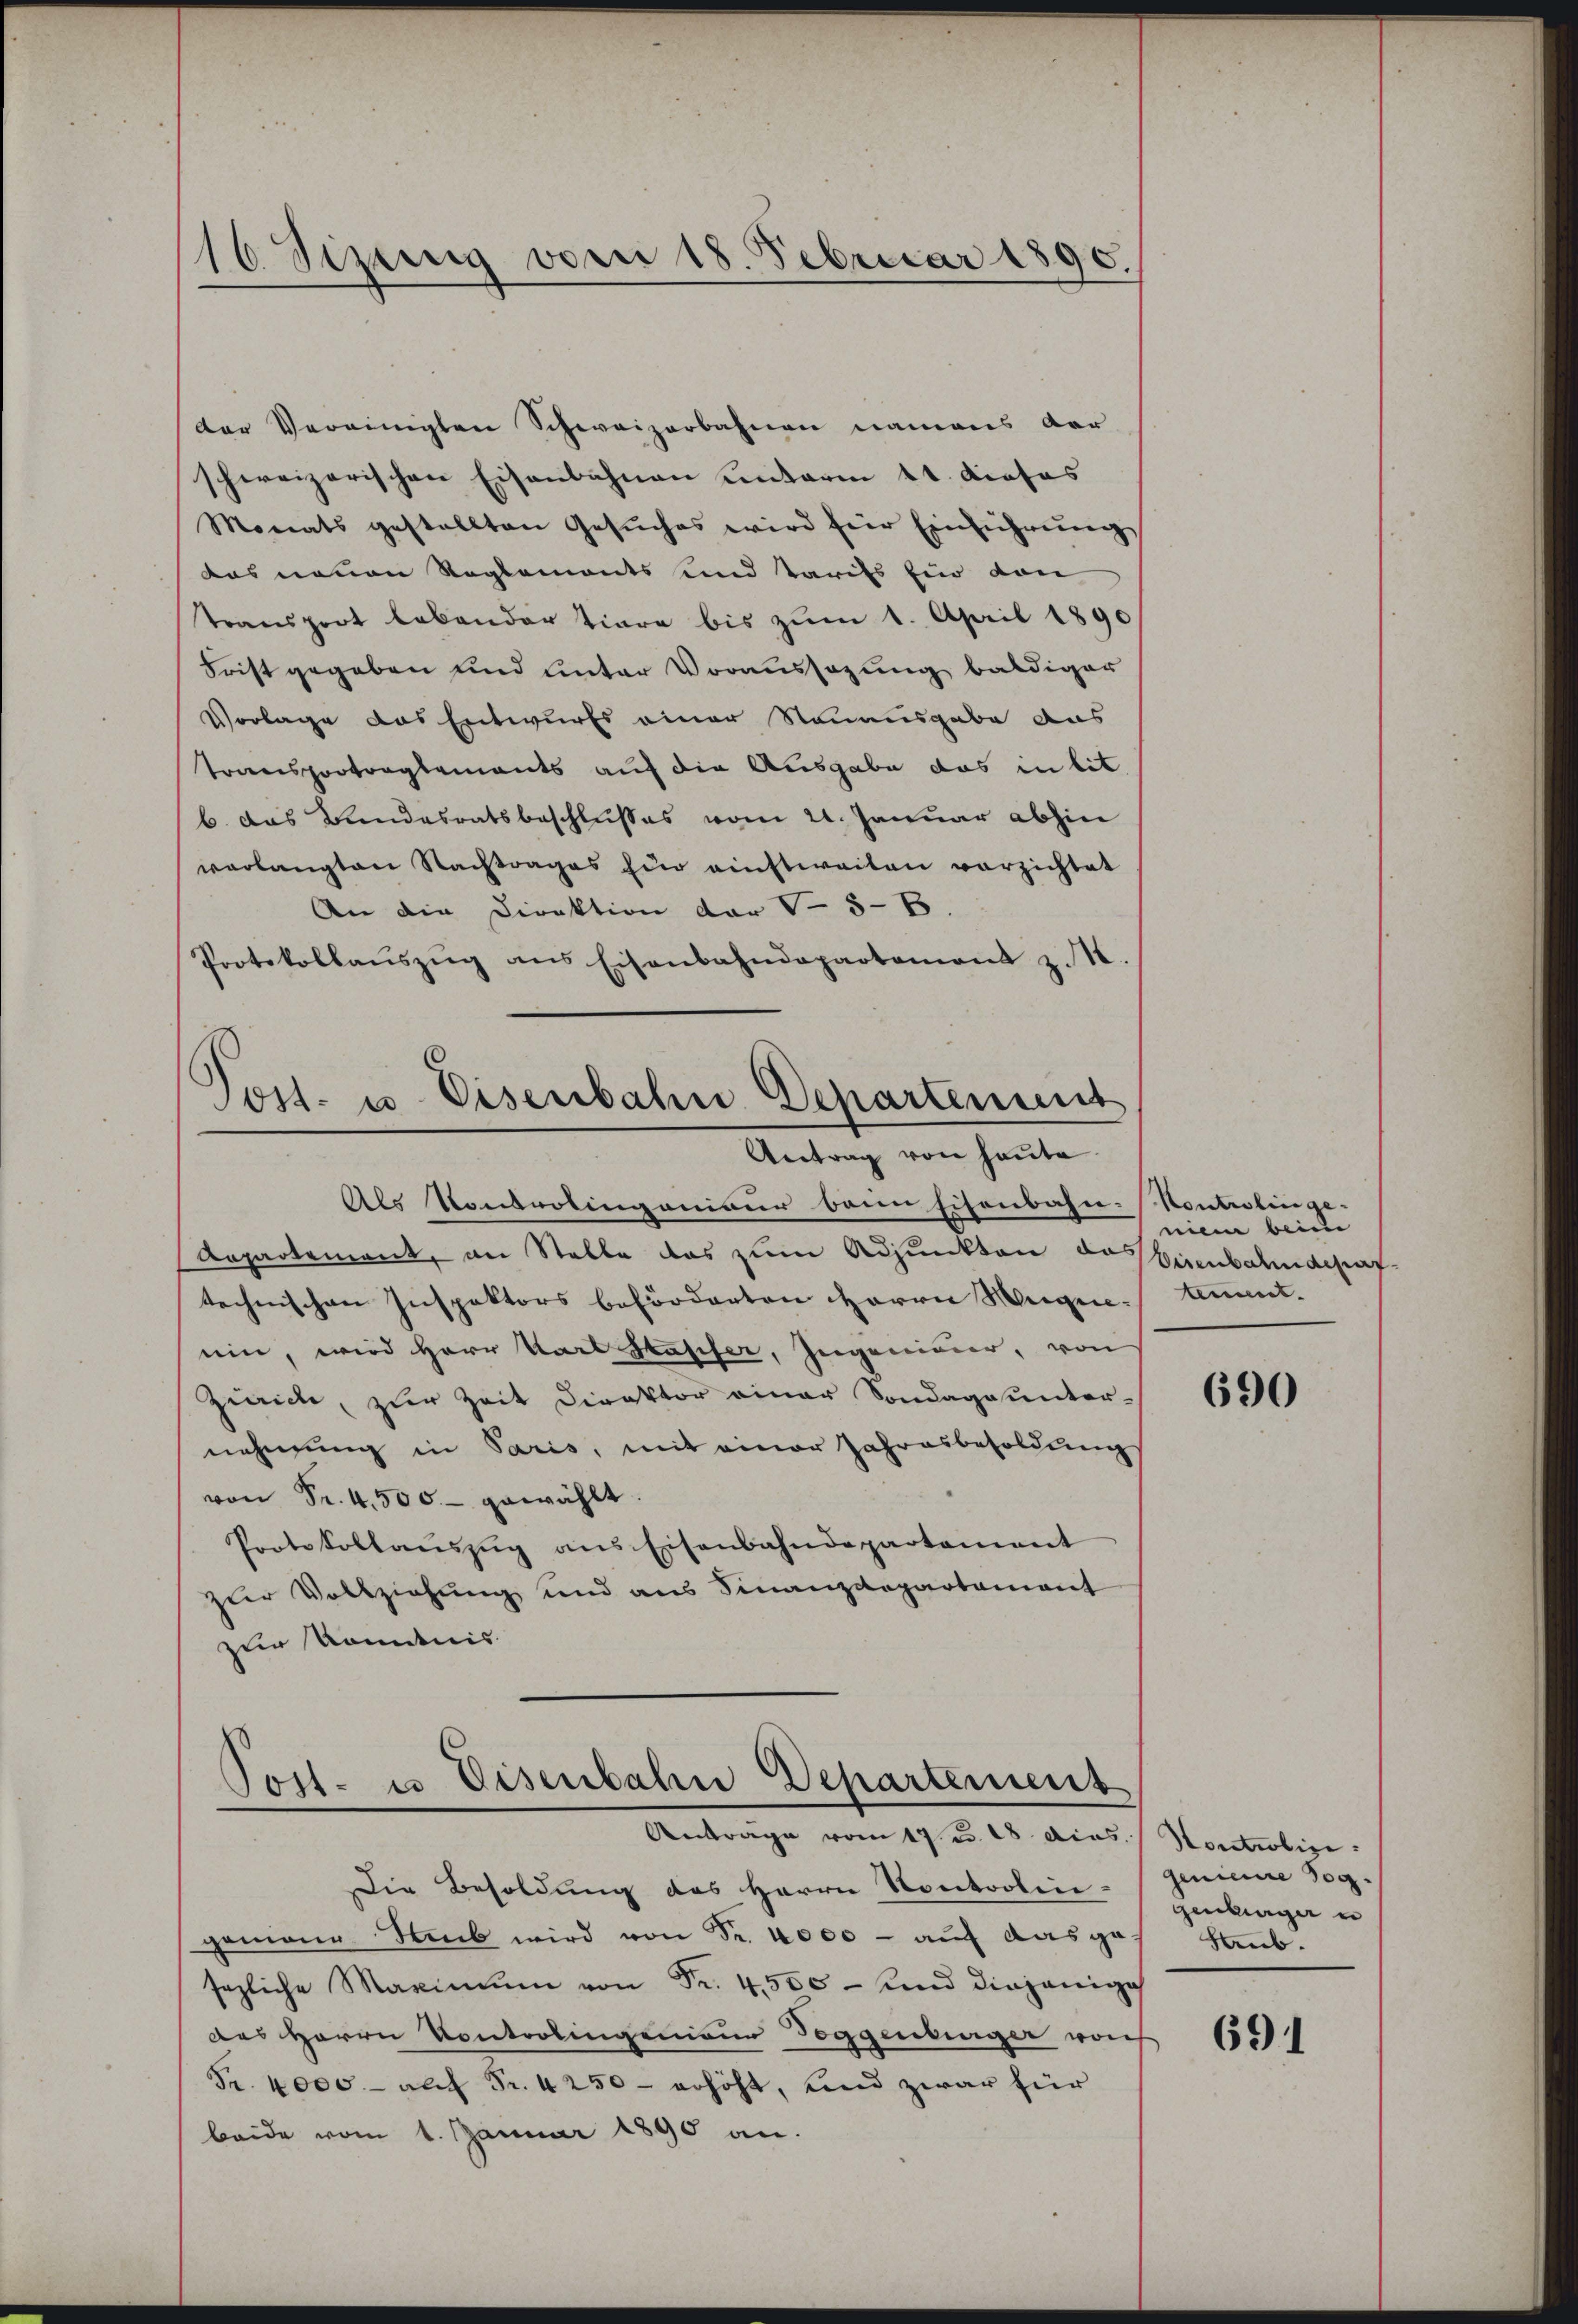
16 Sizung vom 18. Februar 1890.

der Vereinigten Schweizerbahnen namens der
cchweizerischen Eisenbahnen unterm 11. Profes
.
Monats gestellten Gesŭches wird für Einführung
das neuen Reglements und Tarifs für von
transport lebender Tiere bis zum 1. April 1890
Frist gegeben und unter Voraussagung baldiger
Vorlage das Entwurfs einer Neuausgabe aus
Transportragtements auf die Ausgabe das in bit
b. das Bundesratsbeschlusses vom 21. Januar abhin
verlangten Nachtrages zŭr ainstweilen verzichtet
An die Direktion der - 8-B
Protokollaŭszŭg ans Eisenbahndepartement z. B.
Post- u. Eisenbahn Departement

Antrag von heute
Als Kontrolingenieur beim Eisenbahn-

Arpartement, an Stelle das zum Adjunkten das Eisenbahndepaftechnischen Inspektors beförderten Herrn Wegenein, wird Herr Karl Sasifer, Ingenimer, von
Zürich, zur Zeit Direktor einer Sondagounternehmung in Paris, mit einer Jahresbesoldŭngs
von Fr. 4500.- gewählt
Protokollaŭszŭg ans Eisenbahndepartament
zur Vollziehung und aus Finanzdepartamant
zur Kenntnis.

Posl. in Eisenbahn Departement
Anträge vom 17. u. 28. dies

Die Besoldung des Herrn Kontrolin-
gemann ab wird von Fr. 4000 - auf das ge
sezliche Maximŭm von Fr. 4505 - und diejenige
des Herrn Kontrolingenien Toggenburger woh
Fr. 4000 - auf Fr. 4250 - erhöht, und zwar für
beide vom 1. Januar 1890 an.

Kontrolinge.
nien beim
t.

690

Hontrolini.
genieure sog.
genberger un
Sub.

691